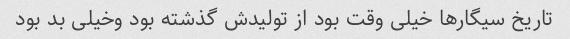
تاریخ سیگار‌ها خیلی وقت بود از تولیدش گذشته بود وخیلی بد بود